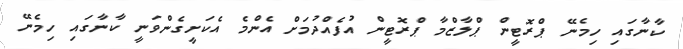
ކާނާގައި ހިމެނޭ ޕްރޮޓީން ޕްލާޒްމާ ޕްރޮޓީން އުފެއްދުމަށް އެންމެ އެކަށީގެންވަނީ ކާނާގައި ހިމެނޭ